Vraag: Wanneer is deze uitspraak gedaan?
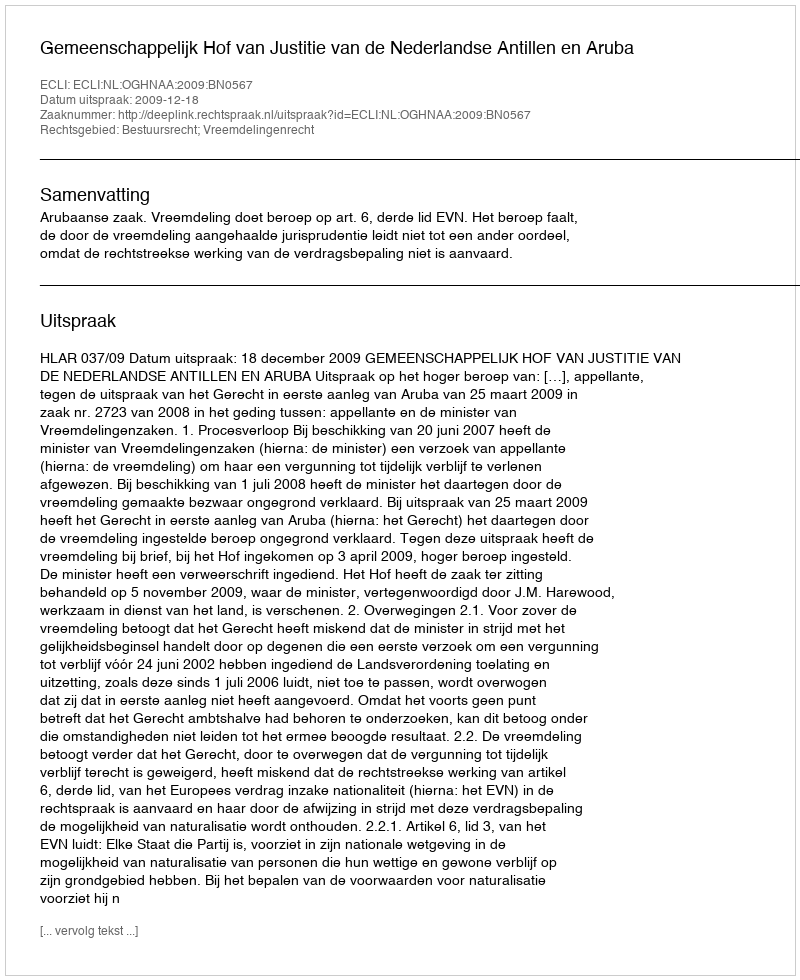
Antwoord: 2009-12-18